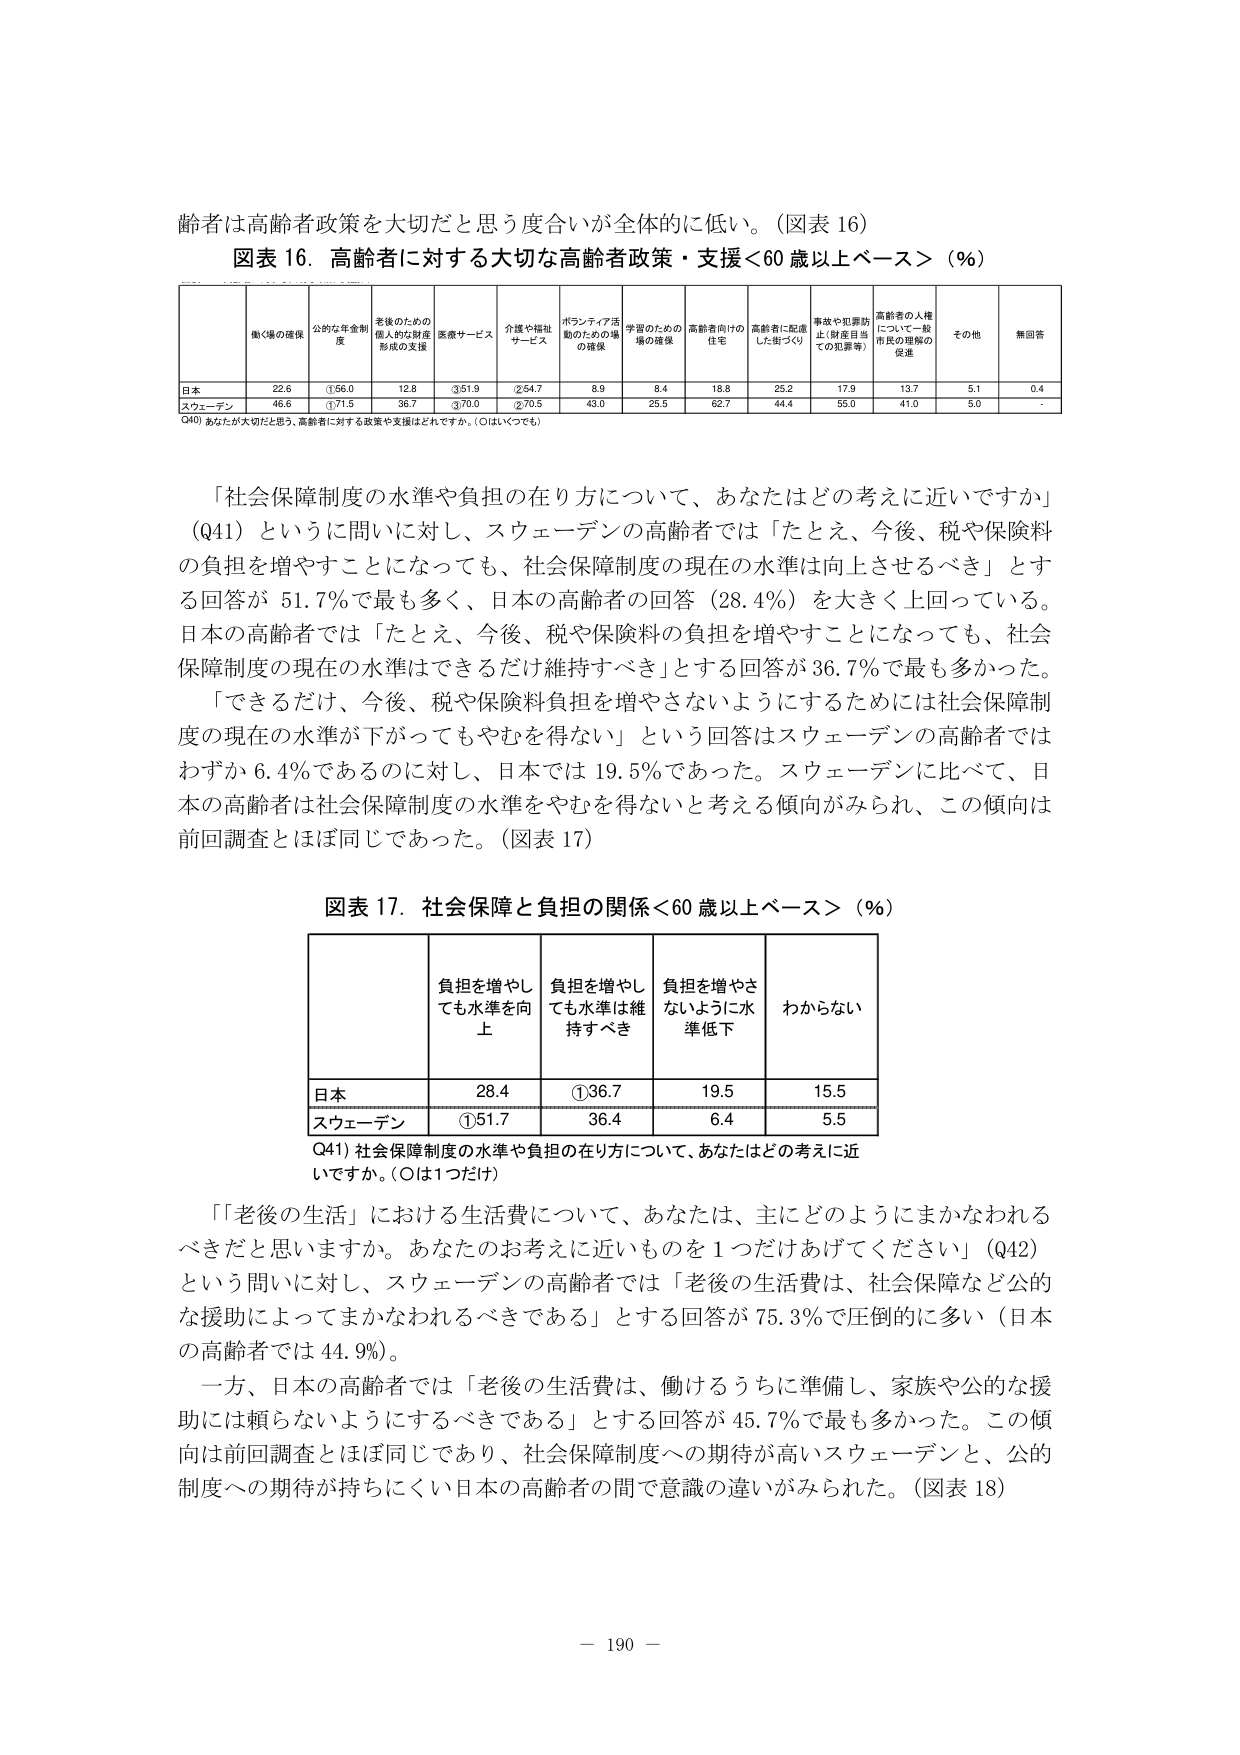
齢者は高齢者政策を大切だと思う度合いが全体的に低い。（図表 16）

図表 16．高齢者に対する大切な高齢者政策・支援＜60 歳以上ベース＞（％）

働く場の確保　　公的年金制度　　老後のための個人的な財産形成の支援　　医療サービス　　介護や福祉サービス　　ボランティア活動のための場の確保　　学習のための場の確保　　高齢者向け住宅　　高齢者に配慮した街づくり　　事故や犯罪防止（財産目当ての犯罪等）　　高齢者の人権について一般市民の理解の促進　　その他　　無回答

日本　　22.6　　①56.0　　12.8　　③51.9　　②54.7　　8.9　　8.4　　18.8　　25.2　　17.9　　13.7　　5.1　　0.4

スウェーデン　　46.6　　①71.5　　36.7　　③70.0　　②70.5　　43.0　　25.5　　62.7　　44.4　　55.0　　41.0　　5.0　　-

Q40）あなたが大切だと思う、高齢者に対する政策や支援はどれですか。（○はいくつでも）

「社会保障制度の水準や負担の在り方について、あなたはどの考えに近いですか」
（Q41）という問いに対し、スウェーデンの高齢者では「たとえ、今後、税や保険料の負担を増やすことになっても、社会保障制度の現在の水準は向上させるべき」とする回答が 51.7％で最も多く、日本の高齢者の回答（28.4％）を大きく上回っている。日本の高齢者では「たとえ、今後、税や保険料の負担を増やすことになっても、社会保障制度の現在の水準はできるだけ維持すべき」とする回答が 36.7％で最も多かった。

「できるだけ、今後、税や保険料負担を増やさないようにするためには社会保障制度の現在の水準が下がってもやむを得ない」という回答はスウェーデンの高齢者ではわずか 6.4％であるのに対し、日本では 19.5％であった。スウェーデンに比べて、日本の高齢者は社会保障制度の水準をやむを得ないと考える傾向がみられ、この傾向は前回調査とほぼ同じであった。（図表 17）

図表 17．社会保障と負担の関係＜60 歳以上ベース＞（％）

負担を増やしても水準を向上　　負担を増やしても水準は維持すべき　　負担を増やさないように水準低下　　わからない

日本　　28.4　　①36.7　　19.5　　15.5

スウェーデン　　①51.7　　36.4　　6.4　　5.5

Q41）社会保障制度の水準や負担の在り方について、あなたはどの考えに近いですか。（○は1つだけ）

「『老後の生活』における生活費について、あなたは、主にどのようにまかなわれるべきだと思いますか。あなたのお考えに近いものを1つだけあげてください」（Q42）
という問いに対し、スウェーデンの高齢者では「老後の生活費は、社会保障など公的な援助によってまかなわれるべきである」とする回答が 75.3％で圧倒的に多い（日本の高齢者では 44.9％）。

一方、日本の高齢者では「老後の生活費は、働けるうちに準備し、家族や公的な援助には頼らないようにするべきである」とする回答が 45.7％で最も多かった。この傾向は前回調査とほぼ同じであり、社会保障制度への期待が高いスウェーデンと、公的制度への期待が持ちにくい日本の高齢者の間で意識の違いがみられた。（図表 18）

— 190 —